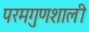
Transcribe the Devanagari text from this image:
परमगुणशाली